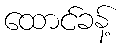
ထောင်ခန့်